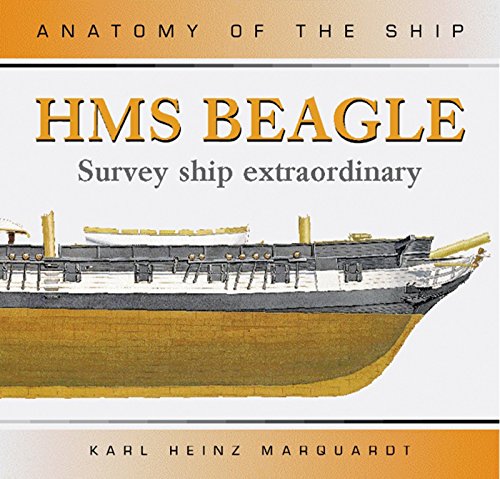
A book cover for HMS Beagle: Survey Ship Extraordinary (Anatomy of the Ship); Karl Heinz Marquardt; Engineering & Transportation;